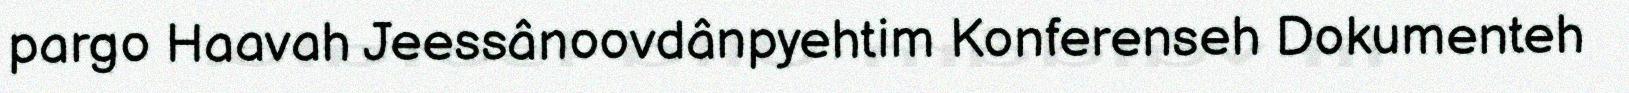
pargo Haavah Jeessânoovdânpyehtim Konferenseh Dokumenteh